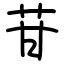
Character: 苷